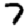
Digit: 7